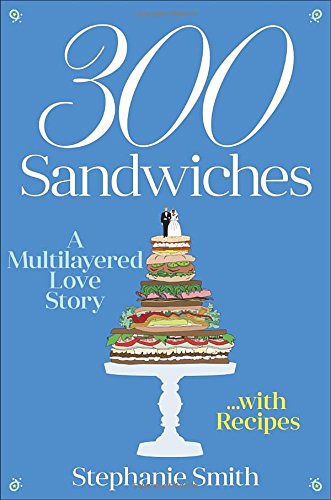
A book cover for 300 Sandwiches: A Multilayered Love Story . . . with Recipes; Stephanie Smith; Cookbooks, Food & Wine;